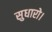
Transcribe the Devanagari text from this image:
सुधारो।